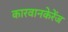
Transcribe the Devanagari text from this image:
कारवानकेरेंज